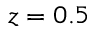
z = 0 . 5